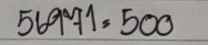
56071 = 5100